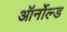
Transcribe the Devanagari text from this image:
ऑर्नोल्ड